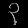
Digit: ၃